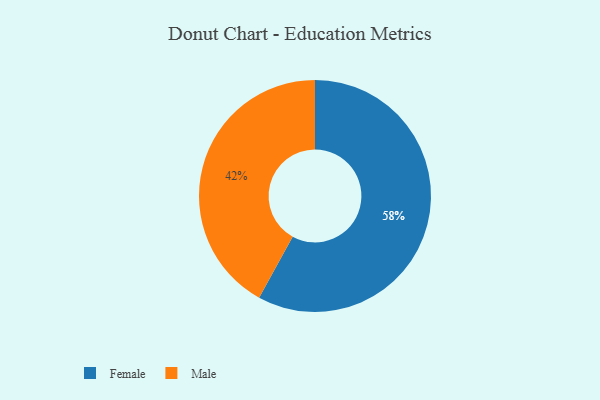
{"axis": {"x": "Category", "y": "Percentage"}, "legend": ["Female", "Male"], "data": [{"x": "Male", "y": 42, "type": "Male"}, {"x": "Female", "y": 58, "type": "Female"}]}